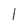
Character: 1